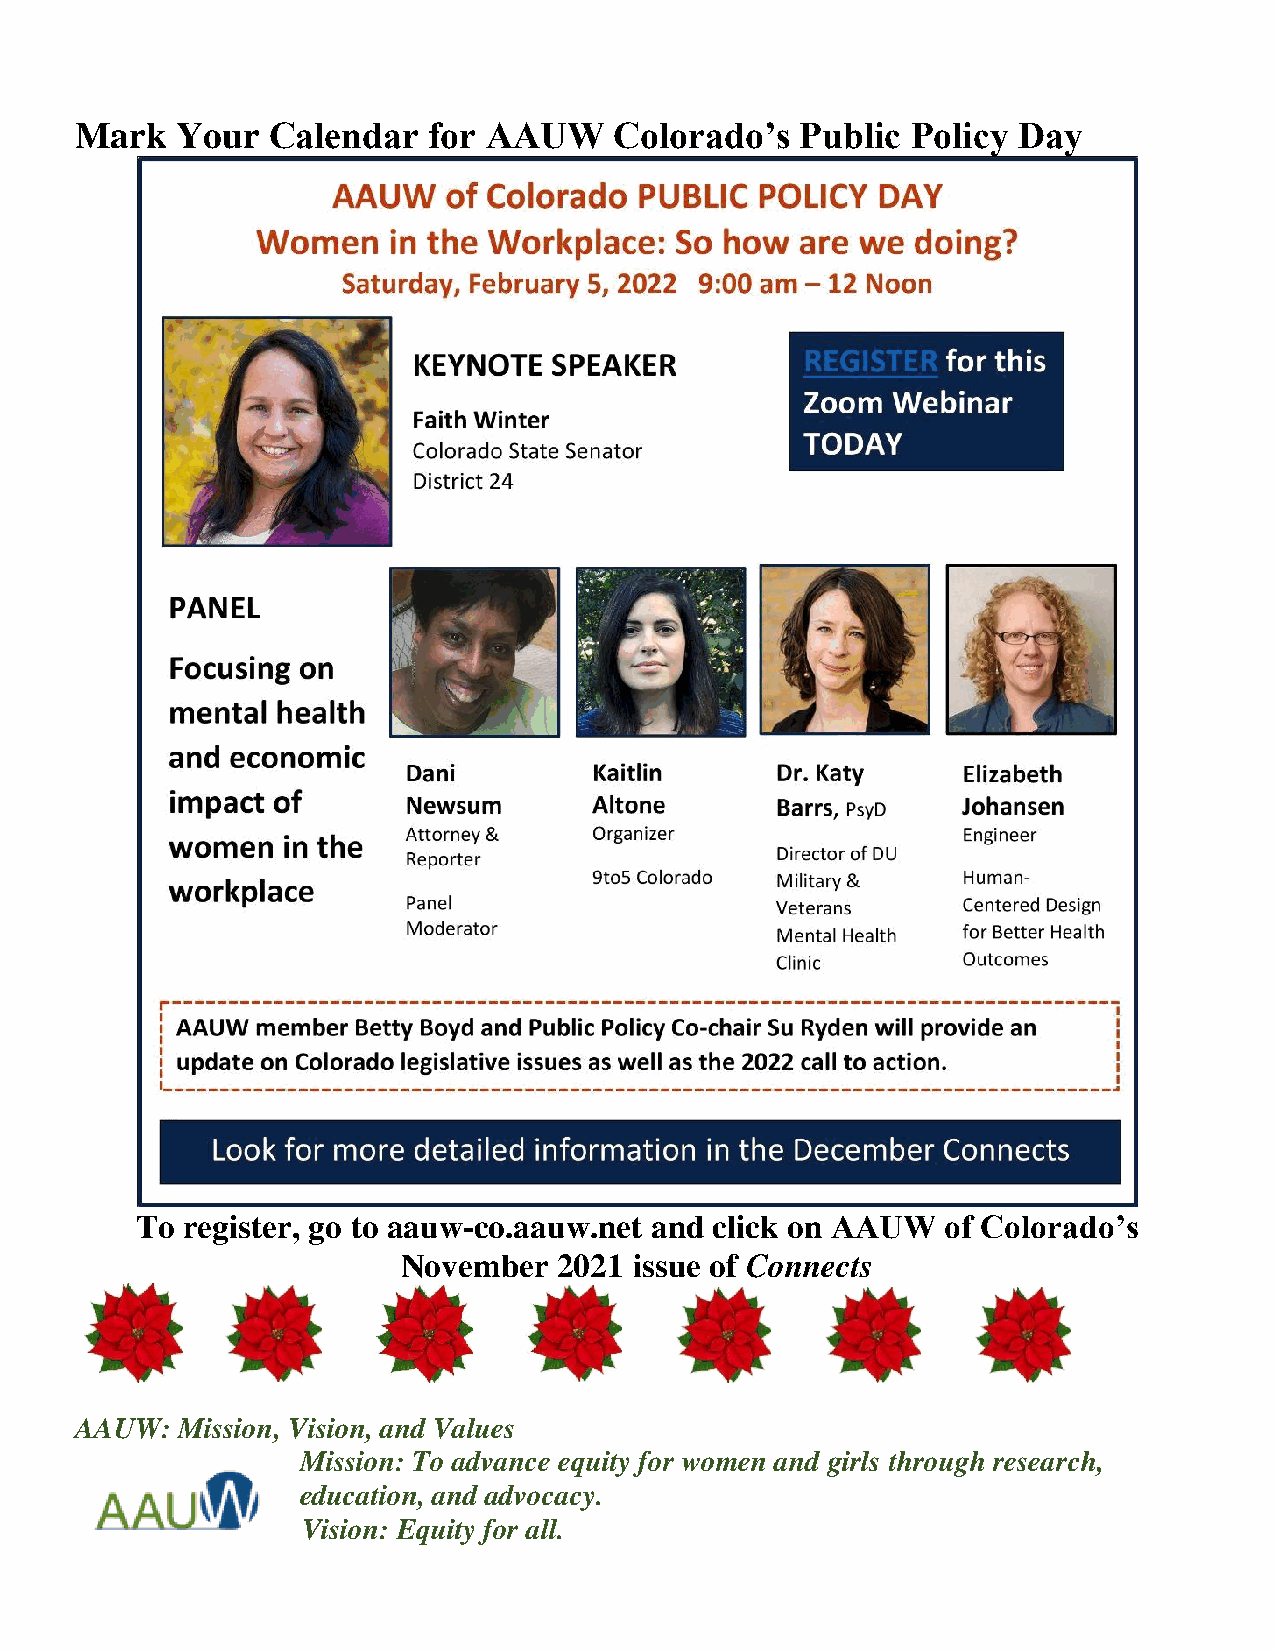
Mark   Your  Calendar  for AAUW     Colorado’s  Public Policy Day
 To register, go to aauw-co.aauw.net and click on AAUW of Colorado’s
 November  2021 issue of Connects
 AAUW:  Mission, Vision, and Values
 Mission: To advance equity for women and girls through research,
 education, and advocacy.
 Vision: Equity for all.